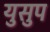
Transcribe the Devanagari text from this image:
युसुप